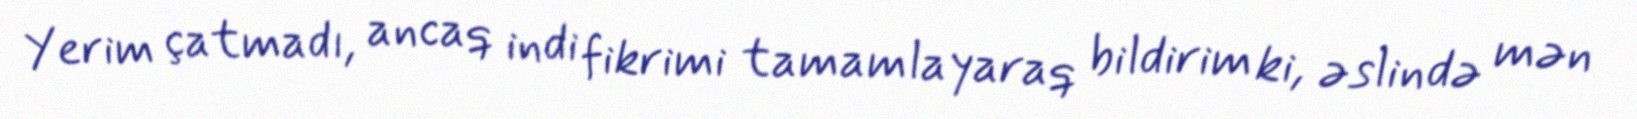
Yerim çatmadı, ancaq indi fikrimi tamamlayaraq bildirim ki, əslində mən